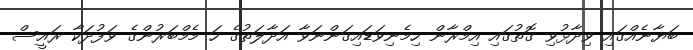
ބަޔާނެއްގައި ވިދާޅުވި ގޮތުގައި އިމްރާން ހިމެނިވަޑައިގަންނަވާ އަދާލަތުގެ ހަ މެމްބަރުންގެ ވަފުދަކާ ރައީސް